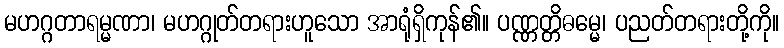
မဟဂ္ဂတာရမ္မဏာ၊ မဟဂ္ဂုတ်တရားဟူသော အာရုံရှိကုန်၏။ ပဏ္ဏတ္တိဓမ္မေ၊ ပညတ်တရားတို့ကို။